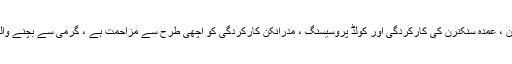
304 سٹینلیس سٹیل کے نلکوں میں انٹرگرینولر سنکنرن ، عمدہ سنکنرن کی کارکردگی اور کولڈ پروسیسنگ ، مدرانکن کارکردگی کو اچھی طرح سے مزاحمت ہے ، گرمی سے بچنے والے سٹینلیس سٹیل کے طور پر استعمال کیا جاسکتا ہے۔